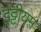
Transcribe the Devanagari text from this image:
इट्टीयम